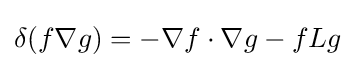
\delta (f\nabla g)=-\nabla f\cdot \nabla g-fLg